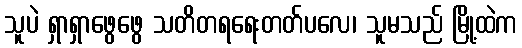
သူပဲ ရှာရှာဖွေဖွေ သတိတရရေးတတ်ပလေ၊ သူမသည် မြို့ထဲက